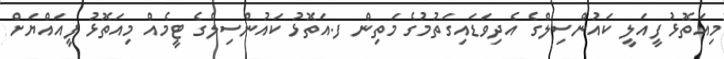
މިއަތޮޅު ފީއަލީ ކައުންސިލްގެ އެދިވަޑައިގަތުމުގެ މަތިން ފ.އަތޮޅު ކައުންސިލްގެ ޓީމެއް މިއަތޮޅު ފީއައްޔަށް